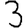
Digit: 3